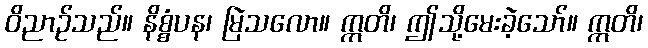
ဝိညာဉ်သည်။ နိစ္စံပန၊ မြဲသလော။ ဣတိ၊ ဤသို့မေးခဲ့သော်။ ဣတိ၊